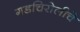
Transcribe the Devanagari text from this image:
गडचिरोलीचे